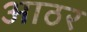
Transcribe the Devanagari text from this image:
आठर